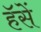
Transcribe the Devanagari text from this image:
हॅसें